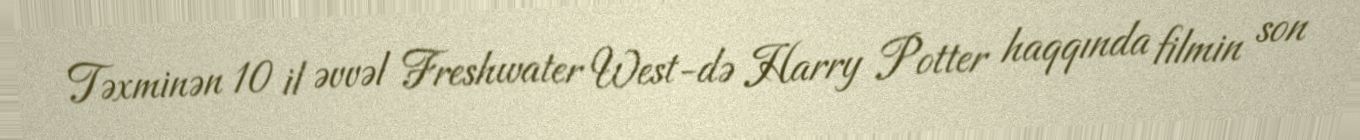
Təxminən 10 il əvvəl Freshwater West-də Harry Potter haqqında filmin son